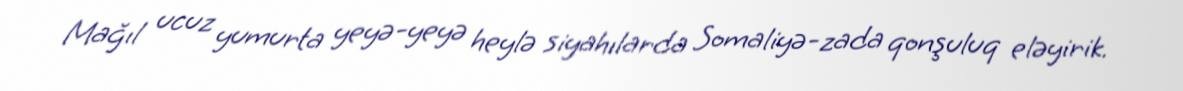
Mağıl ucuz yumurta yeyə-yeyə heylə siyahılarda Somaliyə-zada qonşuluq eləyirik.